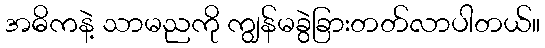
အဓိကနဲ့ သာမညကို ကျွန်မခွဲခြားတတ်လာပါတယ်။